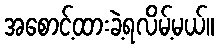
အစောင့်ထားခဲ့ရလိမ့်မယ်။